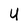
Character: U